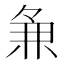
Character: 𬻵